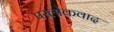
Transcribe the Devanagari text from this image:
परलोकवाद